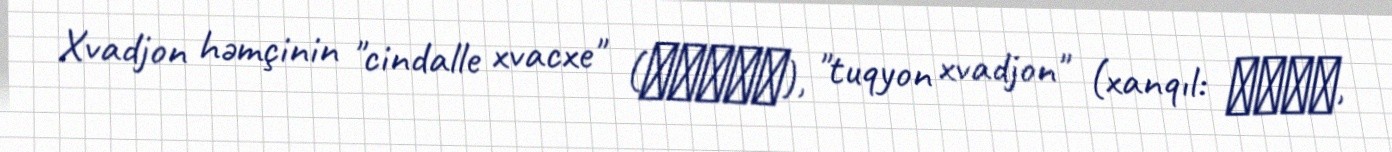
Xvadjon həmçinin "cindalle xvacxe" (진달래화전), "tuqyon xvadjon" (xanqıl: 두견화전,